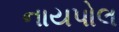
નાયપોલ